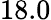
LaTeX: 18.0